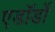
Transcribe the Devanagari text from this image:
एडॉर्डो